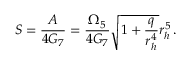
S = \frac { A } { 4 G _ { 7 } } = \frac { \Omega _ { 5 } } { 4 G _ { 7 } } \sqrt { 1 + \frac { q } { r _ { h } ^ { 4 } } } r _ { h } ^ { 5 } \, .